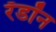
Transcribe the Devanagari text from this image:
रॅडॉन